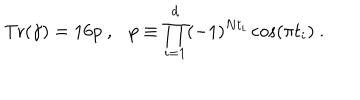
{ \mathrm { T r } } ( \gamma ) = 1 6 p ~ , p \equiv \prod _ { i = 1 } ^ { d } ( - 1 ) ^ { N t _ { i } } \cos ( \pi t _ { i } ) ~ .